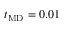
t _ { \mathrm { M D } } = 0 . 0 1